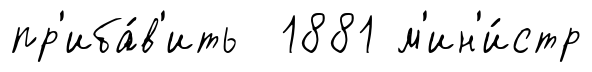
пр'иба́в'ить 1881 м'ин'и́стр